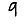
Digit: 9